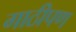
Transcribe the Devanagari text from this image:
गाठीपण